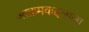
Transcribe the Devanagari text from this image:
आक्रमकदलाला